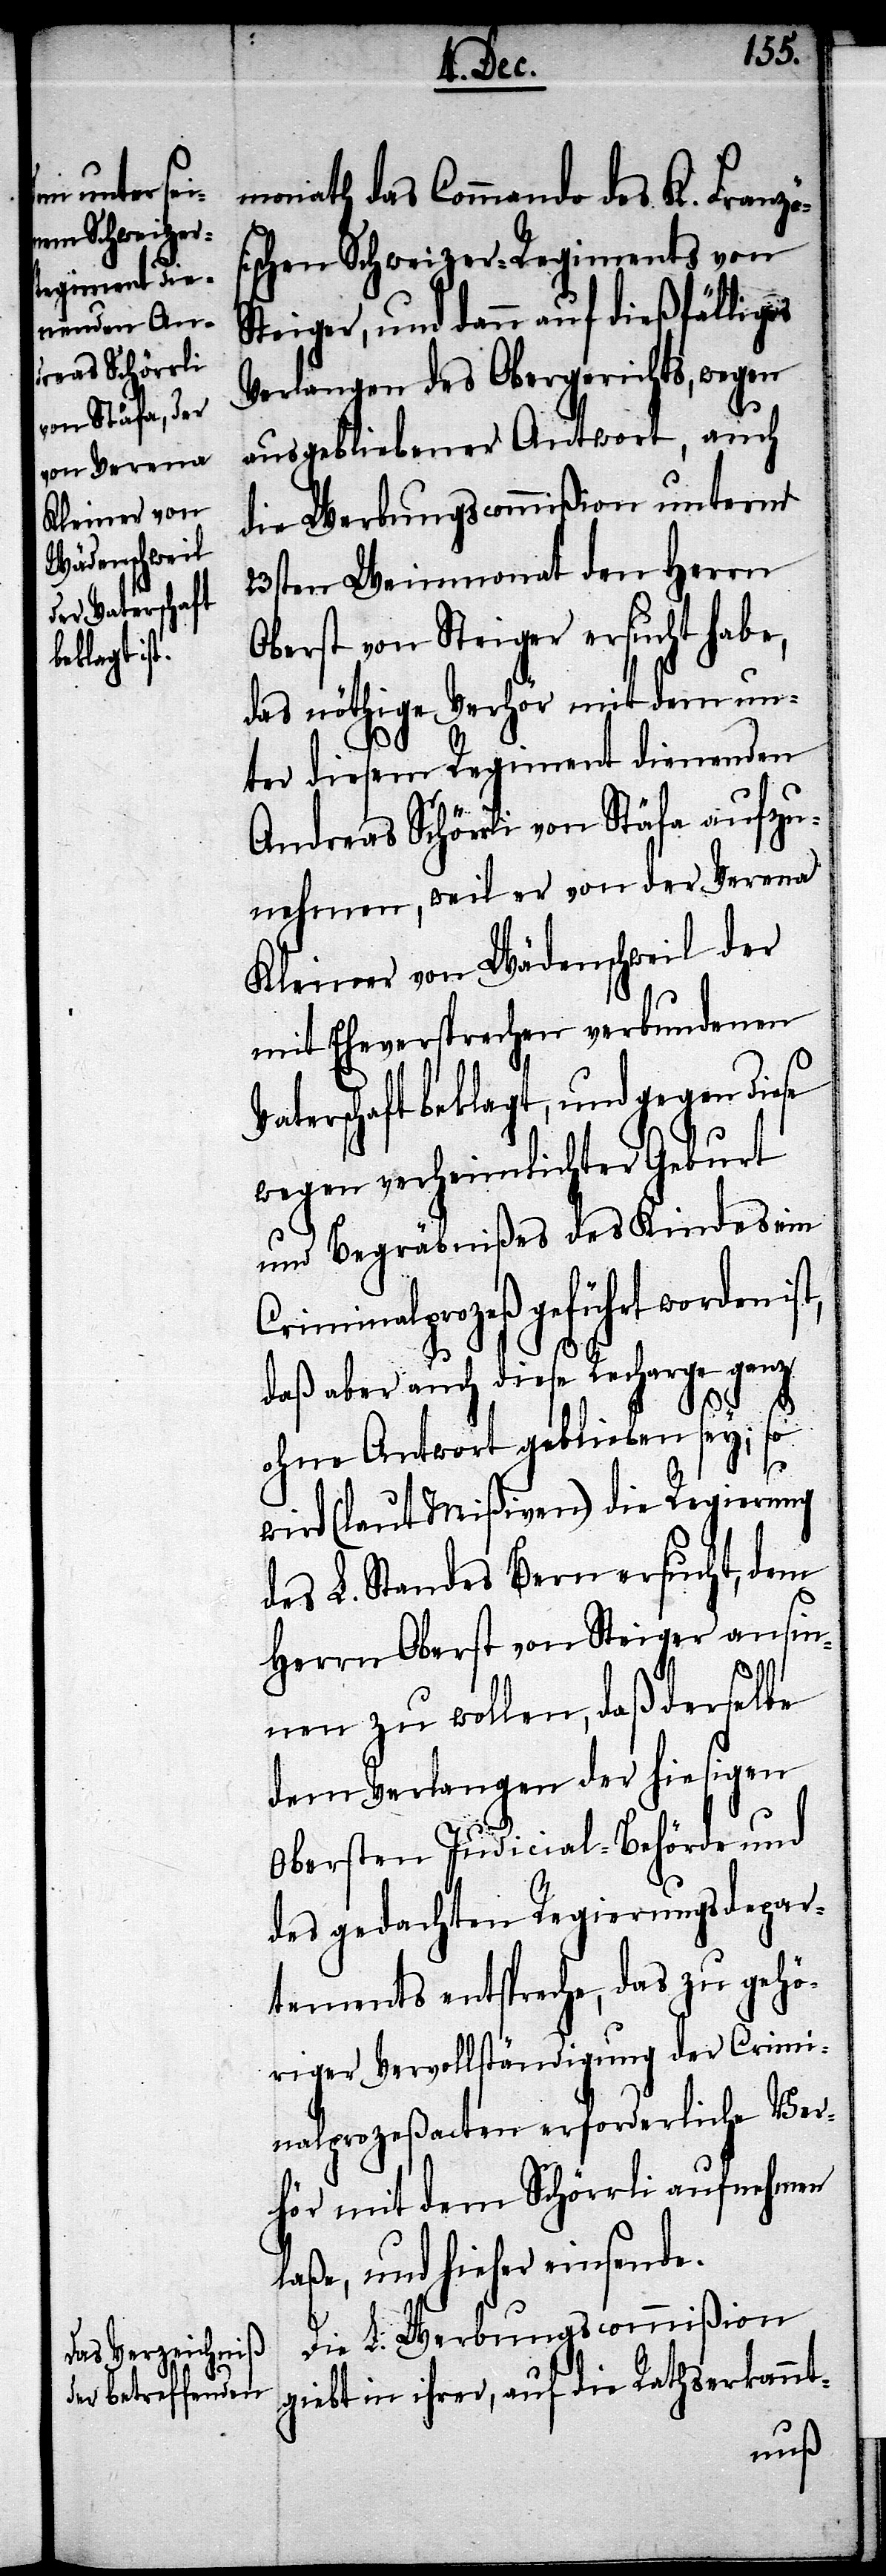
monath das Commando des K. Französ¬
ischen Schweizer-Regiments von
Steiger, und dann auf dießfälliges
Verlangen des Obergerichts, wegen
ausgebliebener Antwort, auch
die Werbungscommißion unterm
23sten Weinmonath den Herrn
Oberst von Steiger ersucht habe,
das nöthige Verhör mit dem un¬
V¬
ter diesem Regiment dienenden
Andreas Schörrli von Stäfa aufzu¬
nehmen, weil er von der Verena
Kleiner von Wädenschweil der
mit Ehrenversprechen verbundenen
aterschaft beklagt, und gegen diese
wegen verheimlichter Geburt
und Begräbnißes des Kindes ein
Criminalprozeß geführt worden
daß aber auch diese Recharge ganz
ohne Antwort geblieben sey; so
wird (laut Mißiven) die Regierung
des Standes Bern ersucht, dem
Herrn Oberst von Steiger ansin¬
nen zu wollen, daß derselbe
dem Verlangen der hiesigen
Obersten Judicial-Behörde und
des gedachten Regierungsdepar¬
tements entspreche, das zu gehö¬
riger Vervollständigung der Crimi¬
nalprozeßacten erforderliche Ver¬
hör mit dem Schörrli aufnehmen
laße, und hieher einsende.
Die L. Werbungscommißion
giebt in ihrer, auf die Rathserkannt-